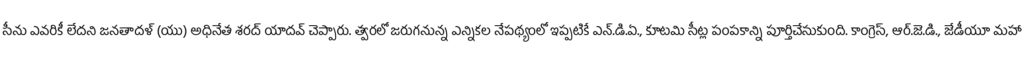
సీను ఎవరికీ లేదని జనతాదళ్ (యు) అధినేత శరద్ యాదవ్ చెప్పారు. త్వరలో జరుగనున్న ఎన్నికల నేపథ్యంలో ఇప్పటికే ఎన్.డి.ఏ., కూటమి సీట్ల పంపకాన్ని పూర్తిచేసుకుంది. కాంగ్రెస్, ఆర్.జె.డి., జేడీయూ మహా